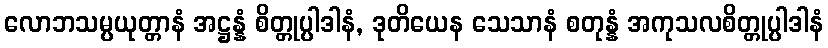
လောဘသမ္ပယုတ္တာနံ အဋ္ဌန္နံ စိတ္တုပ္ပါဒါနံ, ဒုတိယေန သေသာနံ စတုန္နံ အကုသလစိတ္တုပ္ပါဒါနံ